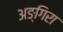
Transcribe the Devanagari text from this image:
अङ्गिरा